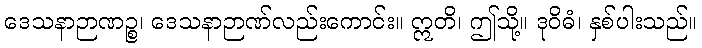
ဒေသနာဉာဏဉ္စ၊ ဒေသနာဉာဏ်လည်းကောင်း။ ဣတိ၊ ဤသို့။ ဒုဝိဓံ၊ နှစ်ပါးသည်။